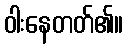
ဝါးနေတတ်၏။